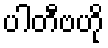
ပါတီဗဟို